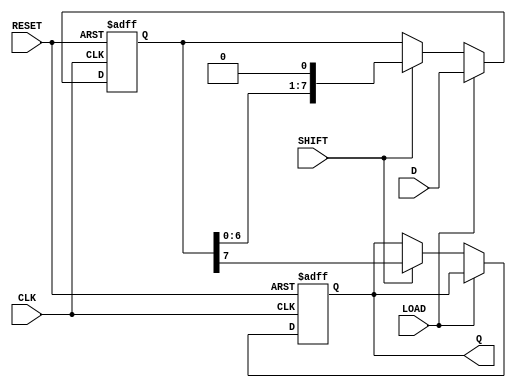
module PISO_Shift_Register #(
    parameter N = 8 // Width of the data bus
)(
    input  wire [N-1:0] D,      // Parallel data input
    input  wire LOAD,            // Load enable signal
    input  wire SHIFT,           // Shift enable signal
    input  wire CLK,             // Clock signal
    input  wire RESET,           // Asynchronous reset signal
    output reg  Q               // Serial output
);

    reg [N-1:0] REG;            // Storage register

    always @(posedge CLK or posedge RESET) begin
        if (RESET) begin
            REG <= {N{1'b0}};    // Clear the register on reset
            Q <= 1'b0;           // Reset the serial output
        end else begin
            if (LOAD) begin
                REG <= D;        // Load parallel data input into the register
            end else if (SHIFT) begin
                Q <= REG[N-1];   // Output the most significant bit (MSB) to Q
                REG <= {REG[N-2:0], 1'b0}; // Shift right the contents of the register
            end
        end
    end

endmodule